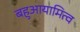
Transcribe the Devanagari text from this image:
बहुआयामित्व